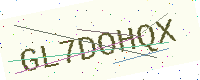
Text: GL7DOHQX